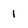
Character: 1